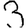
Digit: 3